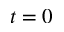
t = 0